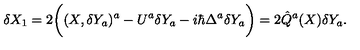
\delta X _ { 1 } = 2 \bigg ( ( X , \delta Y _ { a } ) ^ { a } - U ^ { a } \delta Y _ { a } - i \hbar \Delta ^ { a } \delta Y _ { a } \bigg ) = 2 \hat { Q } ^ { a } ( X ) \delta Y _ { a } .